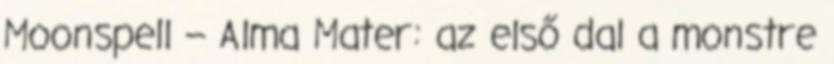
Moonspell – Alma Mater: az első dal a monstre